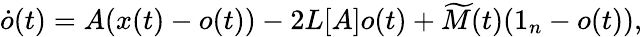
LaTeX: \dot{o}(t)=A(x(t)-o(t))-2L[A]o(t)+\widetilde{M}(t)(1_{n}-o(t)),